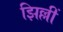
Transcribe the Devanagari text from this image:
झिल्लीं